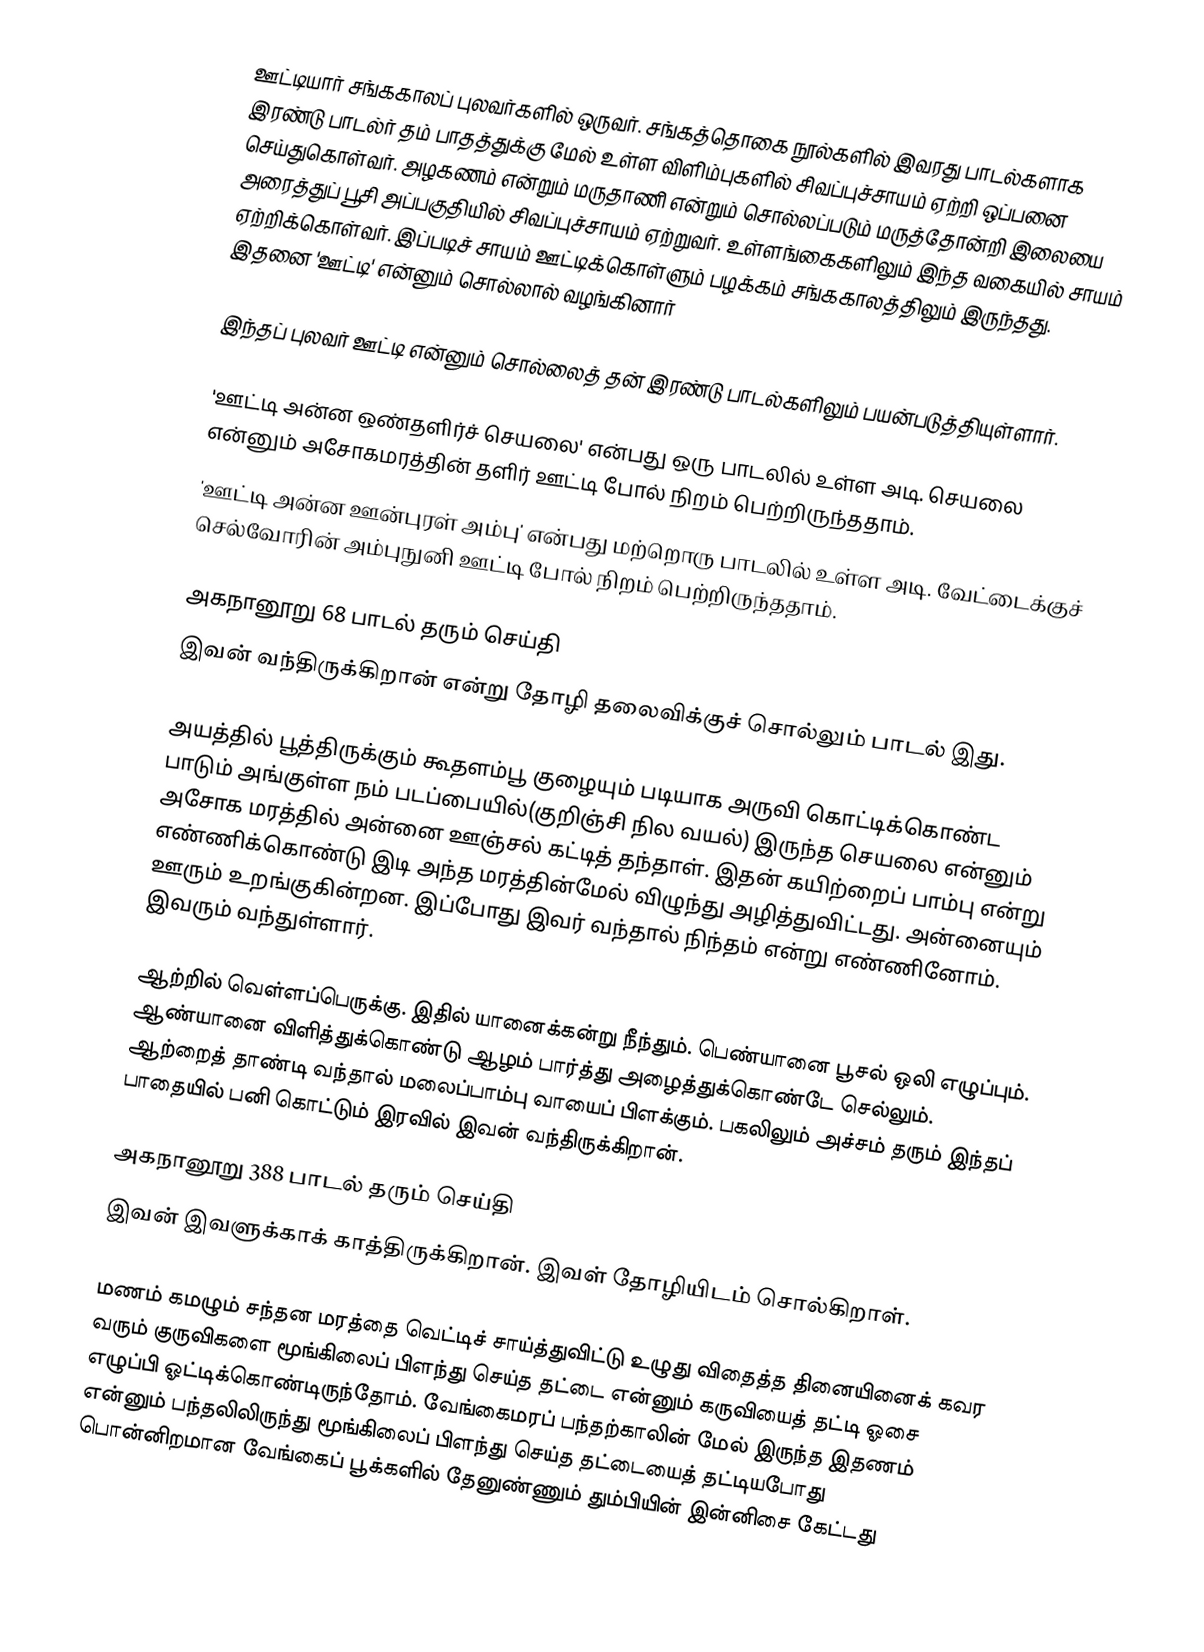
ஊட்டியார் சங்ககாலப் புலவர்களில் ஒருவர். சங்கத்தொகை நூல்களில் இவரது பாடல்களாக இரண்டு பாடல்ர் தம் பாதத்துக்கு மேல் உள்ள விளிம்புகளில் சிவப்புச்சாயம் ஏற்றி ஒப்பனை செய்துகொள்வர். அழகணம் என்றும் மருதாணி என்றும் சொல்லப்படும் மருத்தோன்றி இலையை அரைத்துப் பூசி அப்பகுதியில் சிவப்புச்சாயம் ஏற்றுவர். உள்ளங்கைகளிலும் இந்த வகையில் சாயம் ஏற்றிக்கொள்வர். இப்படிச் சாயம் ஊட்டிக்கொள்ளும் பழக்கம் சங்ககாலத்திலும் இருந்தது. இதனை 'ஊட்டி' என்னும் சொல்லால் வழங்கினார்

இந்தப் புலவர் ஊட்டி என்னும் சொல்லைத் தன் இரண்டு பாடல்களிலும் பயன்படுத்தியுள்ளார்.

 'ஊட்டி அன்ன ஒண்தளிர்ச் செயலை' என்பது ஒரு பாடலில் உள்ள அடி. செயலை என்னும் அசோகமரத்தின் தளிர் ஊட்டி போல் நிறம் பெற்றிருந்ததாம்.
 'ஊட்டி அன்ன ஊன்புரள் அம்பு' என்பது மற்றொரு பாடலில் உள்ள அடி. வேட்டைக்குச் செல்வோரின் அம்புநுனி ஊட்டி போல் நிறம் பெற்றிருந்ததாம்.

அகநானூறு 68 பாடல் தரும் செய்தி
இவன் வந்திருக்கிறான் என்று தோழி தலைவிக்குச் சொல்லும் பாடல் இது.

அயத்தில் பூத்திருக்கும் கூதளம்பூ குழையும் படியாக அருவி கொட்டிக்கொண்ட பாடும் அங்குள்ள நம் படப்பையில்(குறிஞ்சி நில வயல்) இருந்த செயலை என்னும் அசோக மரத்தில் அன்னை ஊஞ்சல் கட்டித் தந்தாள்.  இதன் கயிற்றைப் பாம்பு என்று எண்ணிக்கொண்டு இடி அந்த மரத்தின்மேல் விழுந்து அழித்துவிட்டது. அன்னையும் ஊரும் உறங்குகின்றன. இப்போது  இவர் வந்தால் நிந்தம் என்று எண்ணினோம்.  இவரும் வந்துள்ளார்.

ஆற்றில் வெள்ளப்பெருக்கு.  இதில் யானைக்கன்று நீந்தும். பெண்யானை பூசல் ஒலி எழுப்பும். ஆண்யானை விளித்துக்கொண்டு ஆழம் பார்த்து அழைத்துக்கொண்டே செல்லும். ஆற்றைத் தாண்டி வந்தால் மலைப்பாம்பு வாயைப் பிளக்கும். பகலிலும் அச்சம் தரும் இந்தப் பாதையில் பனி கொட்டும் இரவில்  இவன் வந்திருக்கிறான்.

அகநானூறு 388 பாடல் தரும் செய்தி
இவன் இவளுக்காக் காத்திருக்கிறான். இவள் தோழியிடம் சொல்கிறாள்.

மணம் கமழும் சந்தன மரத்தை வெட்டிச் சாய்த்துவிட்டு உழுது விதைத்த தினையினைக் கவர வரும் குருவிகளை மூங்கிலைப் பிளந்து செய்த தட்டை என்னும் கருவியைத் தட்டி ஓசை எழுப்பி ஓட்டிக்கொண்டிருந்தோம். வேங்கைமரப் பந்தற்காலின் மேல் இருந்த இதணம் என்னும் பந்தலிலிருந்து மூங்கிலைப் பிளந்து செய்த தட்டையைத் தட்டியபோது பொன்னிறமான வேங்கைப் பூக்களில் தேனுண்ணும் தும்பியின் இன்னிசை கேட்டது